Annual report of the Punjab Veterinary College and of the Civil Veterinary Department, Punjab - 1894-1908
Year: 1894
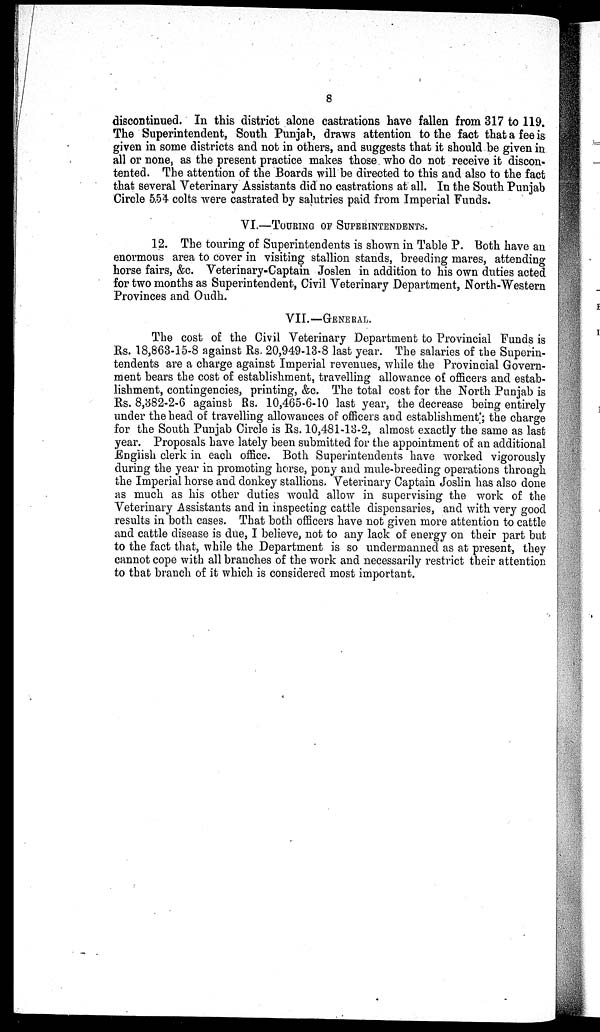
8
discontinued. In this district alone castrations have fallen from 317 to 119.
The Superintendent, South Punjab, draws attention to the fact that a fee is
given in some districts and not in others, and suggests that it should be given in
all or none, as the present practice makes those who do not receive it discon-
tented. The attention of the Boards will be directed to this and also to the fact
that several Veterinary Assistants did no castrations at all. In the South Punjab
Circle 5.54 colts were castrated by salutries paid from Imperial Funds.
VI.—TOURING OF SUPERINTEDENTS.
12. The touring of Superintendents is shown in Table P. Both have an
enormous area to cover in visiting stallion stands, breeding mares, attending
horse fairs, &c. Veterinary-Captain Joslen in addition to his own duties acted
for two months as Superintendent, Civil Veterinary Department, North-Western
Provinces and Oudh.
VII.—GENERAL.
The cost of the Civil Veterinary Department to Provincial Funds is
Rs. 18,863-15-8 against Rs. 20,949-13-8 last year. The salaries of the Superin-
tendents are a charge against Imperial revenues, while the Provincial Govern-
ment bears the cost of establishment, travelling allowance of officers and estab-
lishment, contingencies, printing, &c. The total cost for the North Punjab is
Rs. 8,382-2-6 against Rs. 10,465-6-10 last year, the decrease being entirely
under the head of travelling allowances of officers and establishment'; the charge
for the South Punjab Circle is Rs. 10,481-13-2, almost exactly the same as last
year. Proposals have lately been submitted for the appointment of an additional
English clerk in each office. Both Superintendents have worked vigorously
during the year in promoting horse, pony and mule-breeding operations through
the Imperial horse and donkey stallions. Veterinary Captain Joslin has also done
as much as his other duties would allow in supervising the work of the
Veterinary Assistants and in inspecting cattle dispensaries, and with very good
results in both cases. That both officers have not given more attention to cattle
and cattle disease is due, I believe, not to any lack of energy on their part but
to the fact that, while the Department is so undermanned as at present, they
cannot cope with all branches of the work and necessarily restrict their attention
to that branch of it which is considered most important.